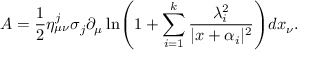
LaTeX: A = \frac { 1 } { 2 } { \eta } _ { \mu \nu } ^ { j } \sigma _ { j } \partial _ { \mu } \ln \Biggl ( 1 + \sum _ { i = 1 } ^ { k } \frac { \lambda _ { i } ^ { 2 } } { | x + \alpha _ { i } | ^ { 2 } } \Biggr ) d x _ { \nu } .